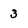
Character: 3